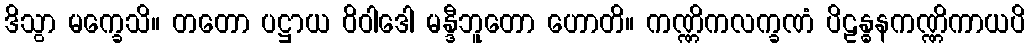
ဒိသွာ မက္ခေသိ။ တတော ပဋ္ဌာယ ဝိဝါဒေါ မန္ဒီဘူတော ဟောတိ။ ကဏ္ဏိကလက္ခဏံ ပိဠန္ဓနကဏ္ဏိကာယပိ